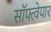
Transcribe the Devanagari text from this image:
सॉफ्त्वेयार